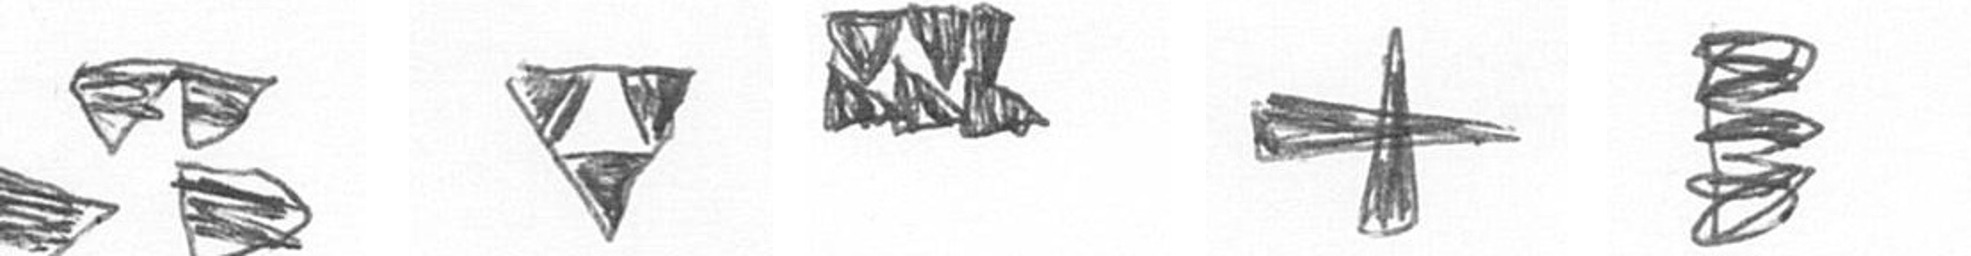
B S D G H